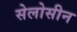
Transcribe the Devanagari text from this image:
सेलोसीन